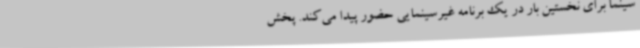
سینما برای نخستین بار در یک برنامه غیرسینمایی حضور پیدا می‌کند. پخش